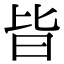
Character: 皆